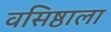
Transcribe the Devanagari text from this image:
वसिष्ठाला